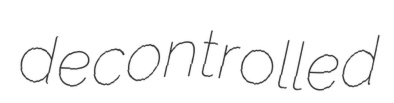
decontrolled